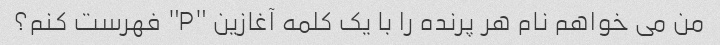
من می خواهم نام هر پرنده را با یک کلمه آغازین "P" فهرست کنم؟